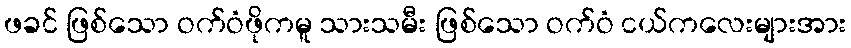
ဖခင် ဖြစ်သော ဝက်ဝံဖိုကမူ သားသမီး ဖြစ်သော ဝက်ဝံ ငယ်ကလေးများအား